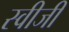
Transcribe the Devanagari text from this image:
स्वीजी